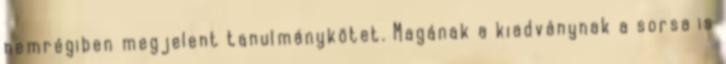
nemrégiben megjelent tanulmánykötet. Magának a kiadványnak a sorsa is